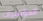
المؤتمرات